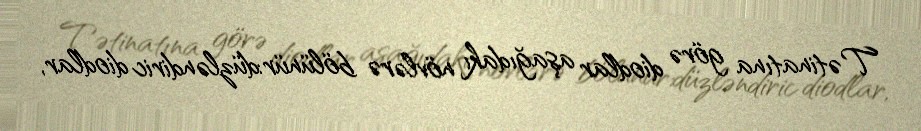
Tətinatına görə diodlar aşağıdakı növlərə bölünür:düzləndiric diodlar,